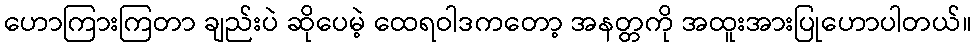
ဟောကြားကြတာ ချည်းပဲ ဆိုပေမဲ့ ထေရဝါဒကတော့ အနတ္တကို အထူးအားပြုဟောပါတယ်။